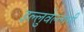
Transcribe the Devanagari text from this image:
इल्लुवेल्लानी